Indian journal of veterinary science and animal husbandry - Volume 12,
Year: 1942
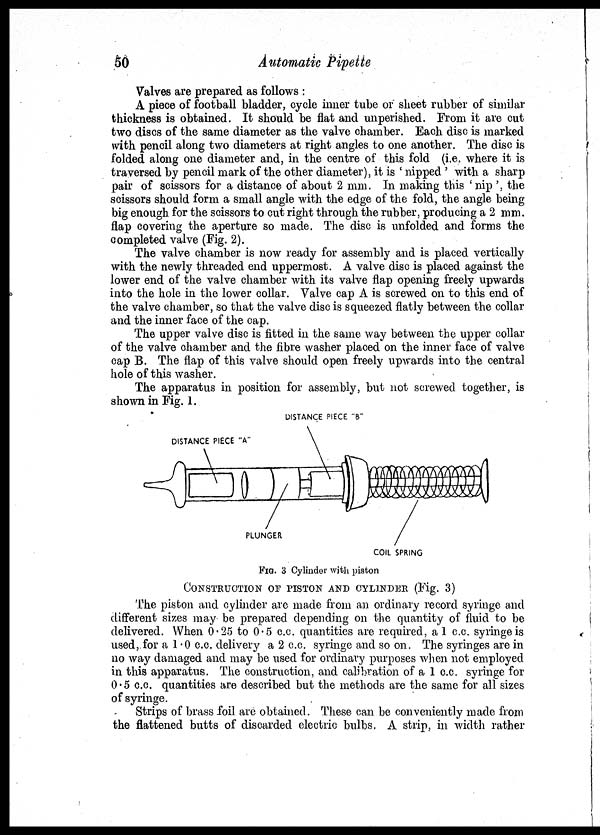
50
Automatic Pipette
Valves are prepared as follows :
A piece of football bladder, cycle inner tube or sheet rubber of similar
thickness is obtained. It should be flat and unperished. From it are cut
two discs of the same diameter as the valve chamber. Each disc is marked
with pencil along two diameters at right angles to one another. The disc is
folded along one diameter and, in the centre of this fold (i.e. where it is
traversed by pencil mark of the other diameter), it is ' nipped ' with a sharp
pair of scissors for a distance of about 2 mm. In making this ' nip ', the
scissors should form a small angle with the edge of the fold, the angle being
big enough for the scissors to cut right through the rubber, producing a 2 mm.
flap covering the aperture so made. The disc is unfolded and forms the
completed valve (Fig. 2).
The valve chamber is now ready for assembly and is placed vertically
with the newly threaded end uppermost. A valve disc is placed against the
lower end of the valve chamber with its valve flap opening freely upwards
into the hole in the lower collar. Valve cap A is screwed on to this end of
the valve chamber, so that the valve disc is squeezed flatly between the collar
and the inner face of the cap.
The upper valve disc is fitted in the same way between the upper collar
of the valve chamber and the fibre washer placed on the inner face of valve
cap B. The flap of this valve should open freely upwards into the central
hole of this washer.
The apparatus in position for assembly, but not screwed together, is
shown in Fig. 1.
FIG. 3 Cylinder with piston
CONSTRUCTION OF PISTON AND CYLINDER (Fig. 3)
The piston and cylinder are made from an ordinary record syringe and
different sizes may be prepared depending on the quantity of fluid to be
delivered. When 0.25 to 0.5 c.c. quantities are required, a 1 c.c. syringe is
used, for a 1.0 c.c. delivery a 2 c.c. syringe and so on. The syringes are in
no way damaged and may be used for ordinary purposes when not employed
in this apparatus. The construction, and calibration of a 1 c.c. syringe for
0.5 c.c. quantities are described but the methods are the same for all sizes
of syringe.
Strips of brass foil are obtained. These can be conveniently made from
the flattened butts of discarded electric bulbs. A strip, in width rather